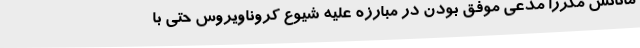
مانانش مکررا مدعی موفق بودن در مبارزه علیه شیوع کروناویروس حتی با